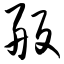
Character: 舨